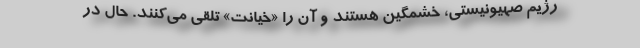
رژیم صهیونیستی، خشمگین هستند و آن را «خیانت» تلقی می‌کنند. حال در